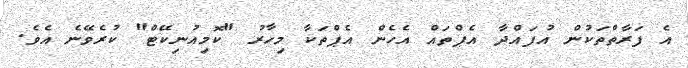
އެ ފަރާތްތަކުން އުފައްދާ އެޕްތައް އެހެން އެޕްތަކާ މިހާރު "ކޮމިއުނިކޭޓް" ކުރެވޭނެ އެވެ.